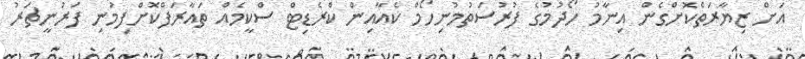
އަށް ޒިޔާރަތްކޮށްގެން އިނާމު ހޯދުމުގެ ފުރުސަތުމުނިހޯމް ކެއާއިން ކްރެޑިޓް ސްކީމެއް ތައާރަފްކޮށްފިމުނި ފަރުނީޗަރު